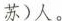
苏)人。